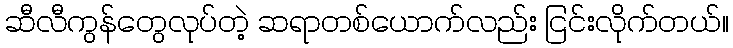
ဆီလီကွန်တွေလုပ်တဲ့ ဆရာတစ်ယောက်လည်း ငြင်းလိုက်တယ်။